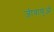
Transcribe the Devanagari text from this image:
जीवाणुऔं